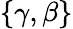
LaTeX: \{ \gamma,\beta\}